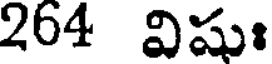
264 విషుః